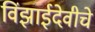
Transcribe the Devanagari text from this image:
विंझाईदेवीचे